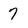
Character: 7